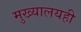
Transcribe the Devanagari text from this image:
मुख्यालयही